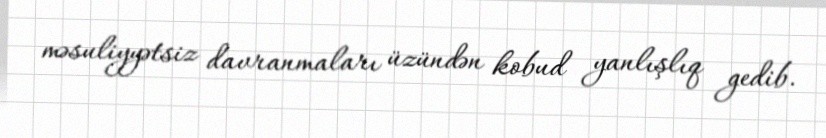
məsuliyyətsiz davranmaları üzündən kobud yanlışlıq gedib.